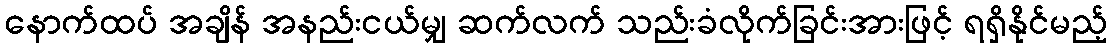
နောက်ထပ် အချိန် အနည်းငယ်မျှ ဆက်လက် သည်းခံလိုက်ခြင်းအားဖြင့် ရရှိနိုင်မည့်